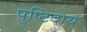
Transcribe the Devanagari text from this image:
पुष्टिदाय